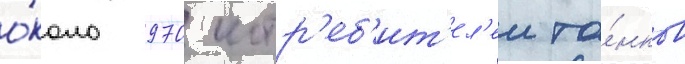
о́коло 970 истр'еб'ит'ел'еи та́нков